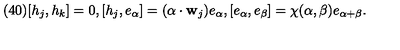
( 4 0 ) [ h _ { j } , h _ { k } ] = 0 , [ h _ { j } , e _ { \alpha } ] = ( \alpha \cdot { \bf w } _ { j } ) e _ { \alpha } , [ e _ { \alpha } , e _ { \beta } ] = \chi ( \alpha , \beta ) e _ { \alpha + \beta } .